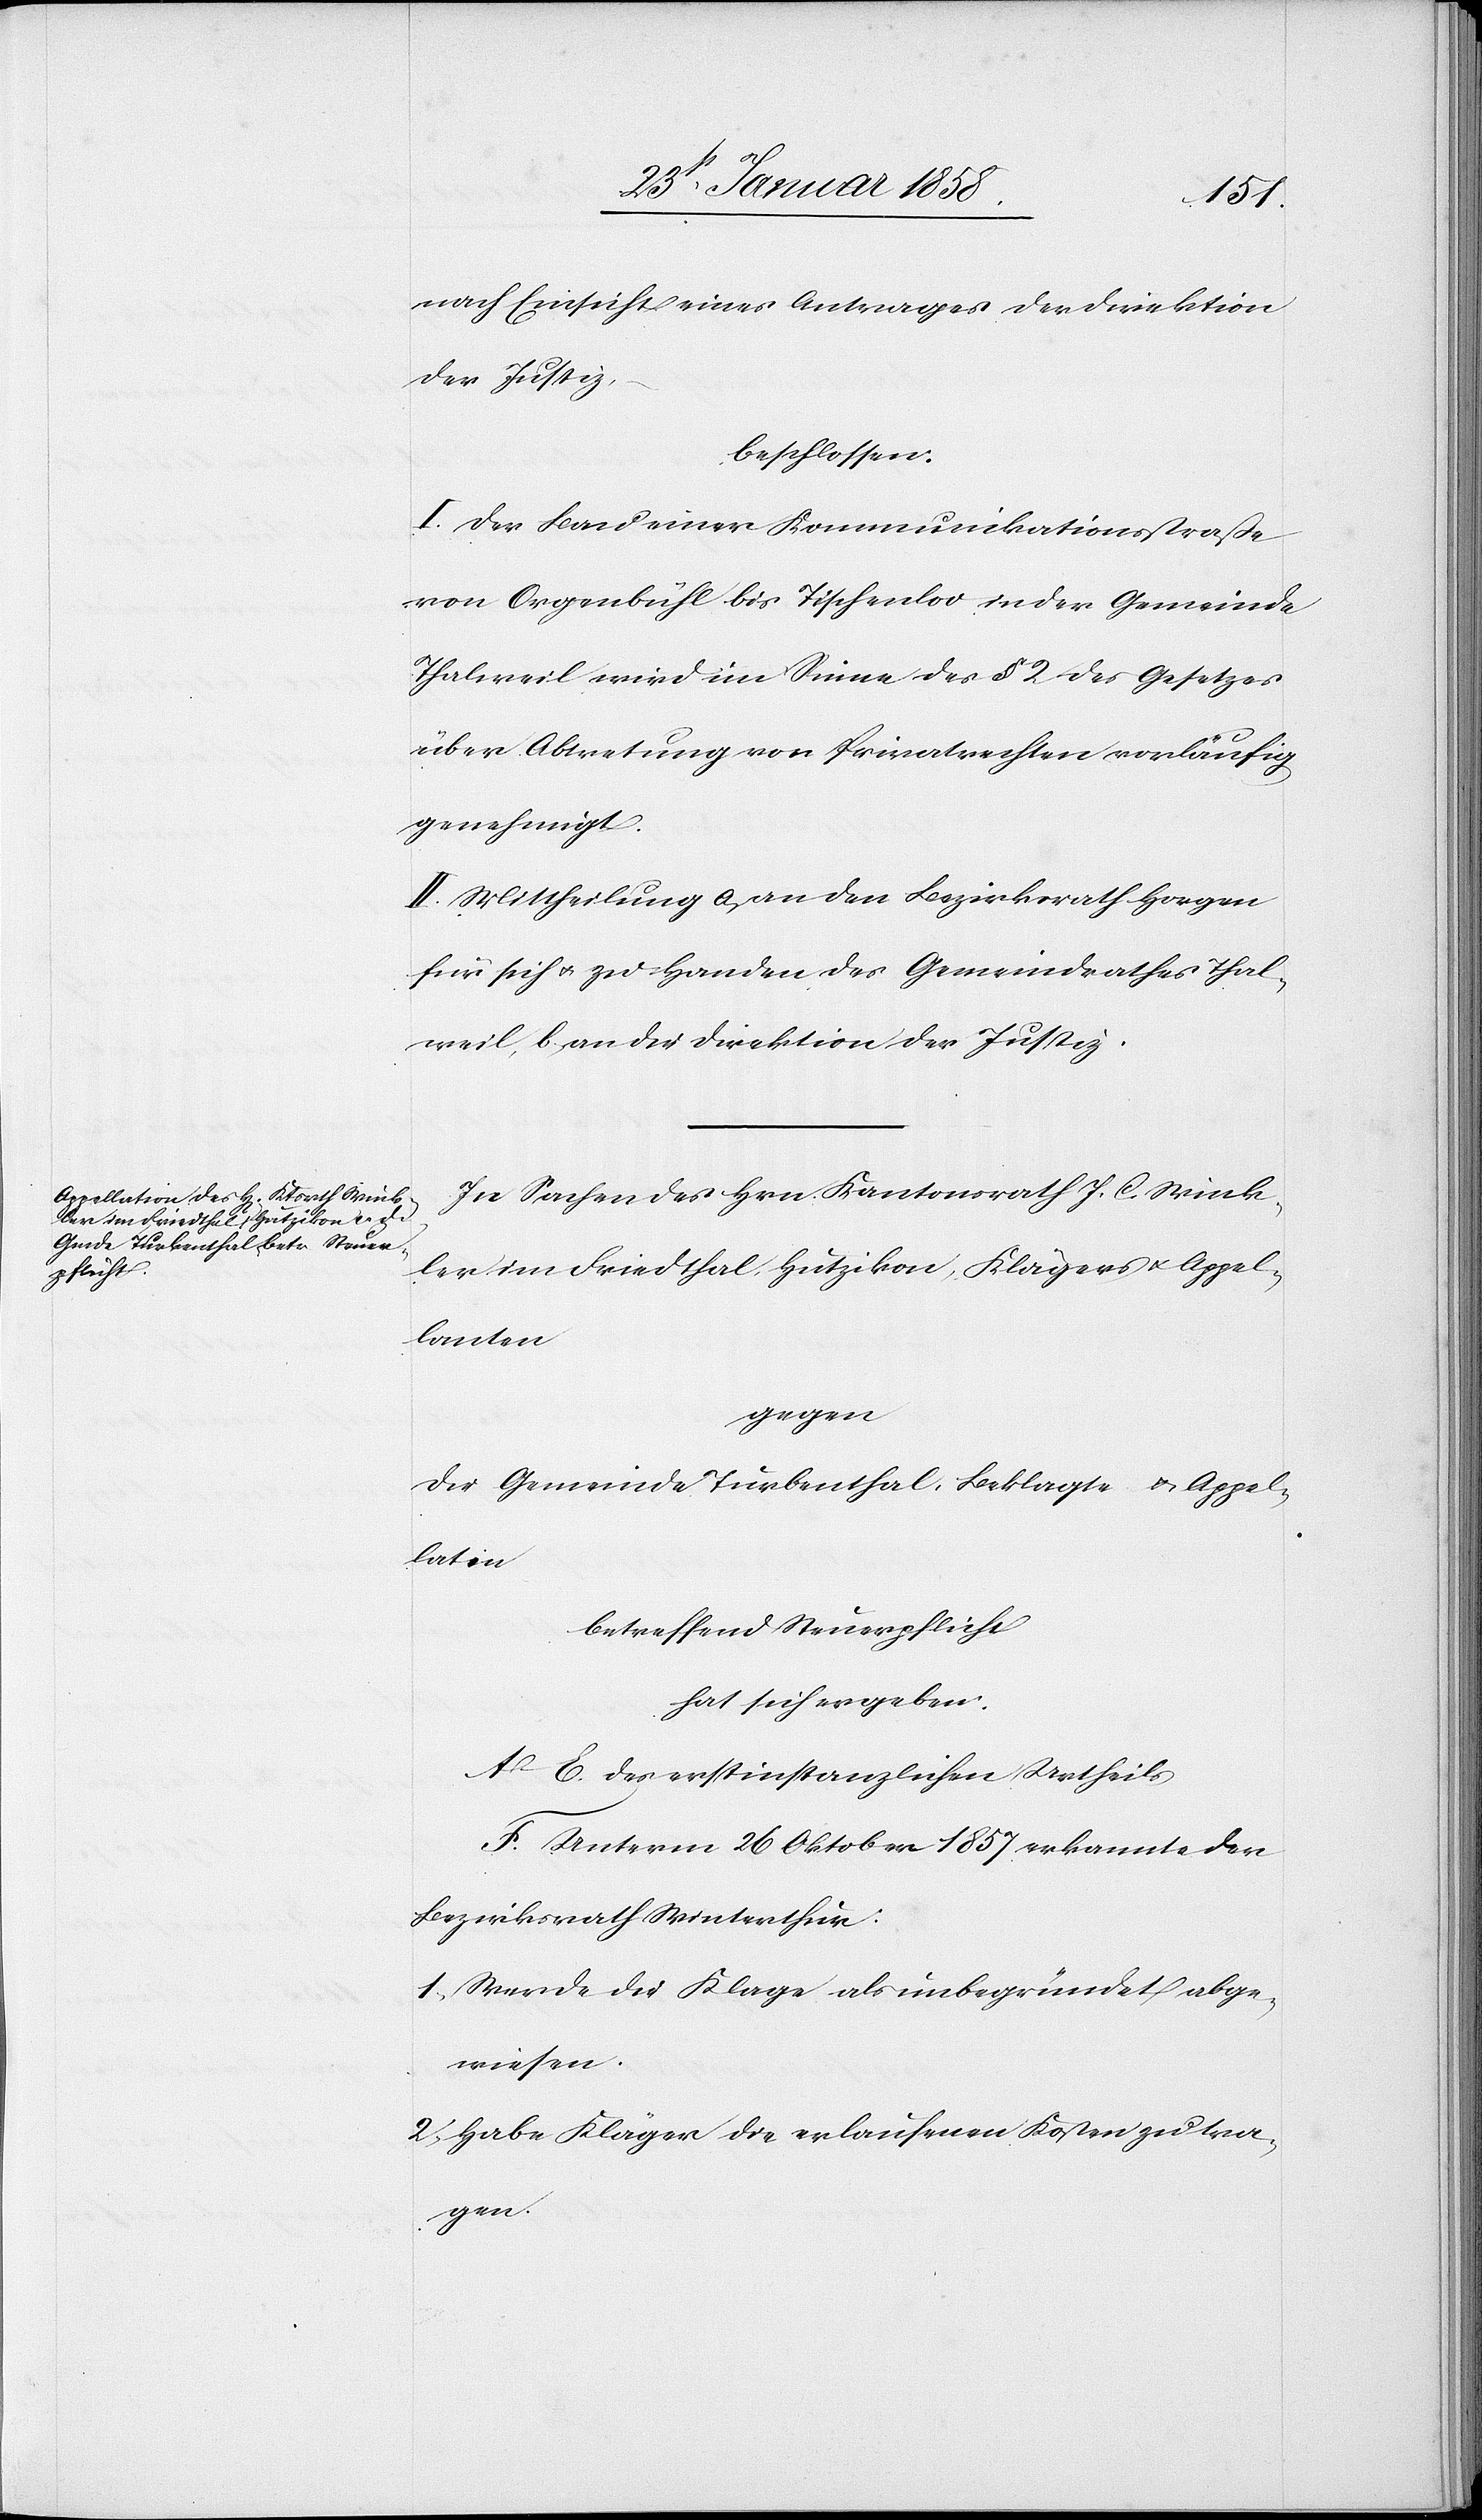
nach Einsicht eines Antrages der Direktion
der Justiz,
beschlossen:
I. Der Bau einer Kommunikationsstraße
von Orgenbühl bis Tischenloo in der Gemeinde
Thalweil wird im Sinne des § 2 des Gesetzes
über Abtretung von Privatrechten vorläufig
genehmigt.
II. Mittheilung a. an den Bezirksrath Horgen
für sich u. zu Handen des Gemeindrathes Thal¬
weil, b. an die Direktion der Justiz.
In Sachen des Hrn. Kantonsrath J. C. Wink¬
ler im Friedthal, Hutzikon, Klägers u. Appel¬
lanten
gegen
die Gemeinde Turbenthal, Beklagte u. Appel¬
laten
betreffend Steuerpflicht
hat sich ergeben:
A–E. des erstinstanzlichen Urtheils
F. Unterm 26 Oktober 1857 erkannte der
Bezirksrath Winterthur:
1. Wurde die Klage als unbegründet abge¬
wiesen.
2. Habe Kläger die erlaufenen Kosten zu tra¬
gen.